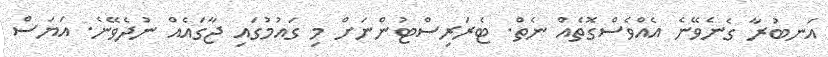
އަނބުރާ ގެނެވޭނެ އެއްވެސްގޮތެއް ނެތް. ޓެރަރިސްޓުންނަށް މި ގައުމުގައި ޖާގައެއް ނުދެވޭނެ. އަޔަސް